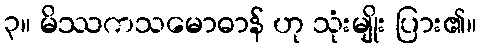
၃။ မိဿကသမောဓာန် ဟု သုံးမျိုး ပြား၏။